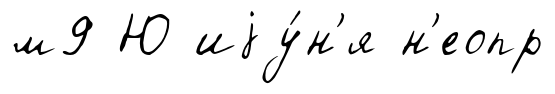
м9 Ю иjу́н'я н'еопр